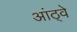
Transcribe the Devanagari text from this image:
आंठ्वे